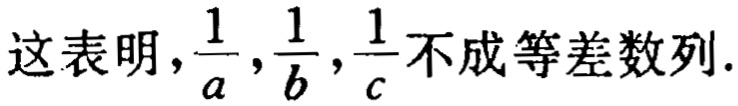
这表明，\(\frac{1}{a},\frac{1}{b},\frac{1}{c}\)不成等差数列.